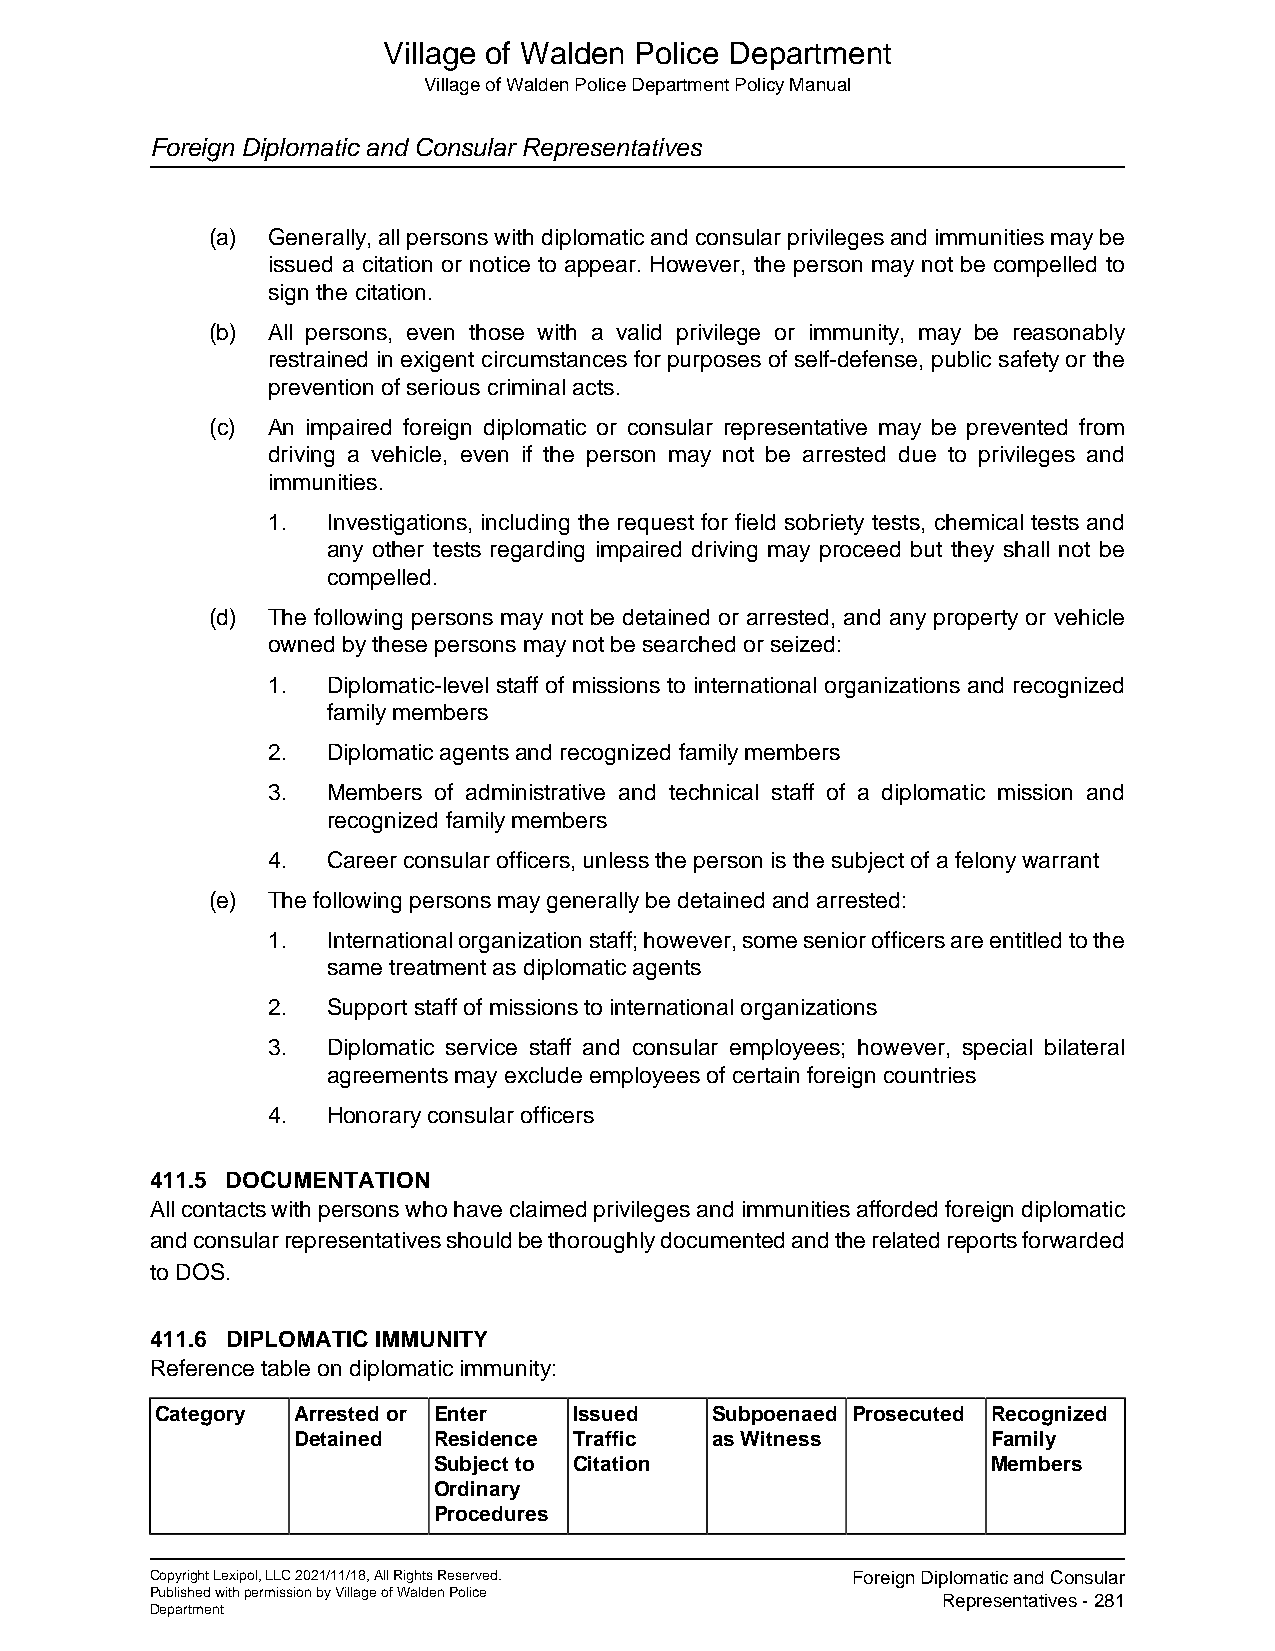
Village of Walden Police Department
 Village of Walden Police Department Policy Manual
 Foreign Diplomatic and Consular Representatives
 (a) Generally, all persons with diplomatic and consular privileges and immunities may be
 issued a citation or notice to appear. However, the person may not be compelled to
 sign the citation.
 (b) All persons, even those with a valid privilege or immunity, may be reasonably
 restrained in exigent circumstances for purposes of self-defense, public safety or the
 prevention of serious criminal acts.
 (c) An impaired foreign diplomatic or consular representative may be prevented from
 driving a vehicle, even if the person may not be arrested due to privileges and
 immunities.
 1.  Investigations, including the request for field sobriety tests, chemical tests and
 any other tests regarding impaired driving may proceed but they shall not be
 compelled.
 (d) The following persons may not be detained or arrested, and any property or vehicle
 owned by these persons may not be searched or seized:
 1.  Diplomatic-level staff of missions to international organizations and recognized
 family members
 2.  Diplomatic agents and recognized family members
 3.  Members of administrative and technical staff of a diplomatic mission and
 recognized family members
 4.  Career consular officers, unless the person is the subject of a felony warrant
 (e) The following persons may generally be detained and arrested:
 1.  International organization staff; however, some senior officers are entitled to the
 same treatment as diplomatic agents
 2.  Support staff of missions to international organizations
 3.  Diplomatic service staff and consular employees; however, special bilateral
 agreements may exclude employees of certain foreign countries
 4.  Honorary consular officers
 411.5 DOCUMENTATION
 All contacts with persons who have claimed privileges and immunities afforded foreign diplomatic
 and consular representatives should be thoroughly documented and the related reports forwarded
 to DOS.
 411.6 DIPLOMATIC IMMUNITY
 Reference table on diplomatic immunity:
 Category Arrested or Enter  Issued   Subpoenaed Prosecuted Recognized
 Detained  Residence Traffic as Witness         Family
 Subject to Citation                  Members
 Ordinary
 Procedures
 Copyright Lexipol, LLC 2021/11/18, All Rights Reserved. Foreign Diplomatic and Consular
 Published with permission by Village of Walden Police Representatives - 281
 Department